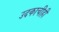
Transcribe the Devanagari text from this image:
उदकाचीही